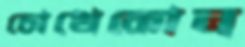
চোখেকোন